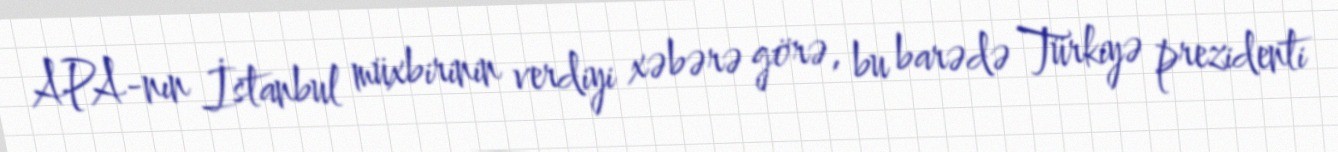
APA-nın İstanbul müxbirinin verdiyi xəbərə görə, bu barədə Türkiyə prezidenti